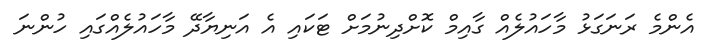
އެންމެ ރަނަގަޅު މާހައުލެއް ގާއިމް ކޮށްދިނުމަށް ޓަކައި އެ އަނިޔާދޭ މާހައުލެއްގައި ހުންނަ